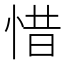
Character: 惜